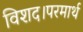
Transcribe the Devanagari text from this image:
विशद।परमार्थ